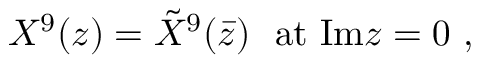
X ^ { 9 } ( z ) = { \tilde { X } } ^ { 9 } ( \bar { z } ) \ \ \mathrm { a t \ I m } z = 0 \ ,